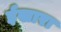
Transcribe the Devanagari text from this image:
ईखारा